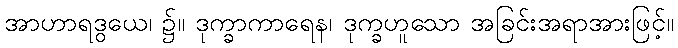
အာဟာရဒွယေ၊ ၌။ ဒုက္ခာကာရေန၊ ဒုက္ခဟူသော အခြင်းအရာအားဖြင့်။